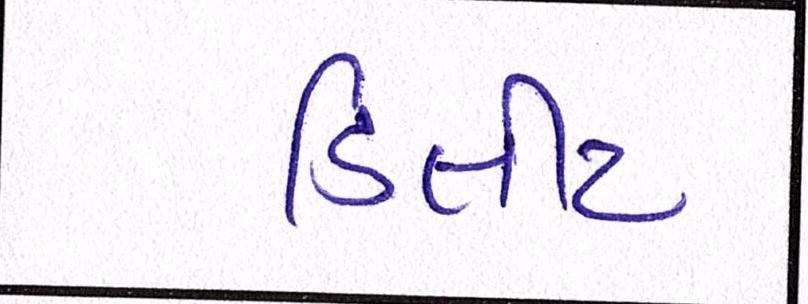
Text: ડિલીટ